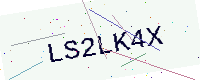
Text: LS2LK4X